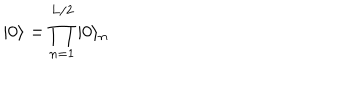
| 0 \rangle = \prod _ { n = 1 } ^ { L / 2 } | 0 \rangle _ { n }